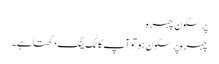
پر سکون چہرہ
چہرہ پرسکون ہو تو آپ کا لُک ینگ دکھتا ہے ۔